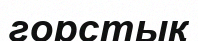
горстық